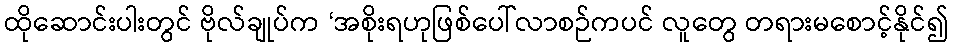
ထိုဆောင်းပါးတွင် ဗိုလ်ချုပ်က ‘အစိုးရဟုဖြစ်ပေါ်လာစဉ်ကပင် လူတွေ တရားမစောင့်နိုင်၍